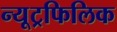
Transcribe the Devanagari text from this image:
न्यूट्रफिलिक